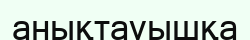
анықтауышқа